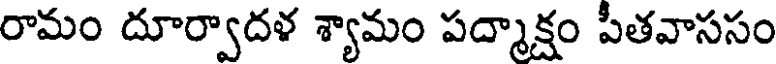
రామం దూర్వాదళ శ్యామం పద్మాక్షం పితవాససం